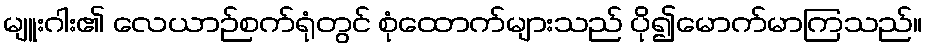
မျူးဂါး၏ လေယာဉ်စက်ရုံတွင် စုံထောက်များသည် ပို၍မောက်မာကြသည်။